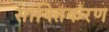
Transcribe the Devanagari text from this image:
साक्तिकरण